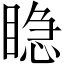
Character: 𥈲